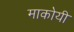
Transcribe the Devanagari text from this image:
माकोयी